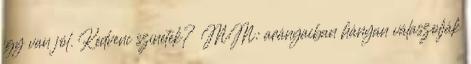
így van jól. Kedvenc színetek? MM: arányaiban hányan válaszolják